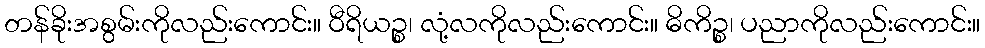
တန်ခိုးအစွမ်းကိုလည်းကောင်း။ ဝီရိယဉ္စ၊ လုံ့လကိုလည်းကောင်း။ ဓိကိဉ္စ၊ ပညာကိုလည်းကောင်း။